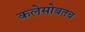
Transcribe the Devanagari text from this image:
कलेसोबतच